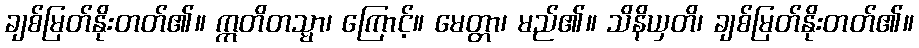
ချစ်မြတ်နိုးတတ်၏။ ဣတိတသ္မာ၊ ကြောင့်။ မေတ္တာ၊ မည်၏။ သိနိယှတိ၊ ချစ်မြတ်နိုးတတ်၏။